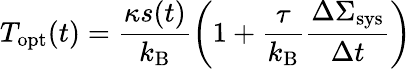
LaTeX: T_{\mathrm{opt}}(t)=\frac{\kappa s(t)}{k_{\mathrm{B}}}\left(1+\frac{\tau}{k_{\mathrm{B}}}\frac{\Delta\Sigma_{\mathrm{sys}}}{\Delta t}\right)